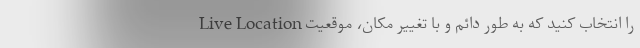
Live Location را انتخاب کنید که به طور دائم و با تغییر مکان، موقعیت